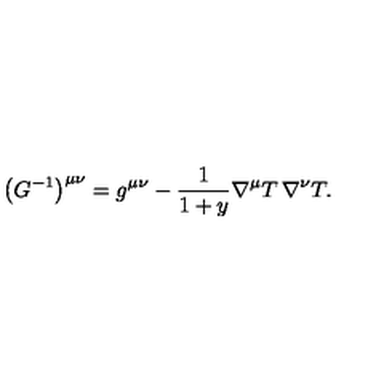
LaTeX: \bigl ( G ^ { - 1 } \bigr ) ^ { \mu \nu } = g ^ { \mu \nu } - \frac { 1 } { 1 + y } \nabla ^ { \mu } T \thinspace \nabla ^ { \nu } T .